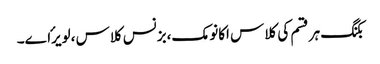
بکنگ ہر قسم کی کلاس اکانومک،بزنس کلاس ،لویرٴاے۔